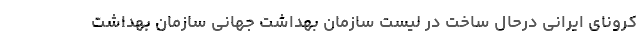
کرونای ایرانی درحال ساخت در لیست سازمان بهداشت جهانی سازمان بهداشت